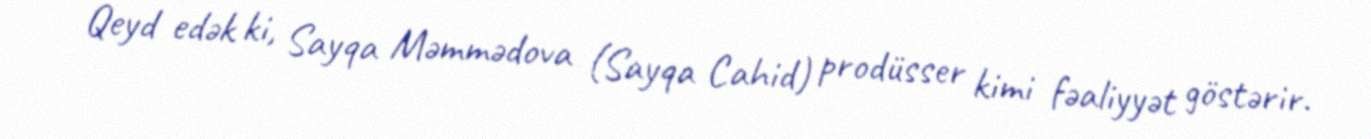
Qeyd edək ki, Sayqa Məmmədova (Sayqa Cahid) prodüsser kimi fəaliyyət göstərir.